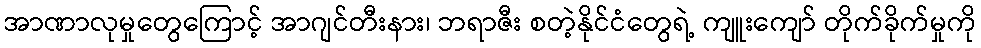
အာဏာလုမှုတွေကြောင့် အာဂျင်တီးနား၊ ဘရာဇီး စတဲ့နိုင်ငံတွေရဲ့ ကျူးကျော် တိုက်ခိုက်မှုကို